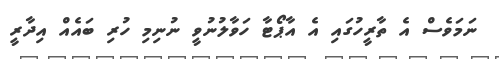
ނަމަވެސް އެ ތާރީހުގައި އެ އާޕޯޓާ ހަވާލުނުވީ ނުނިމި ހުރި ބައެއް އިދާރީ